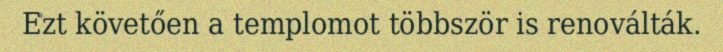
Ezt követően a templomot többször is renoválták.